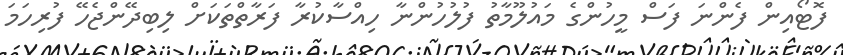
ފޮޓޯއިން ފެންނަ ފަސް މީހުންގެ މައުލޫމާތު ފުލުހުންނާ ހިއްސާކުރާ ފަރާތްތަކަށް ލިބިދޭންޖެހޭ ފުރިހަމަ